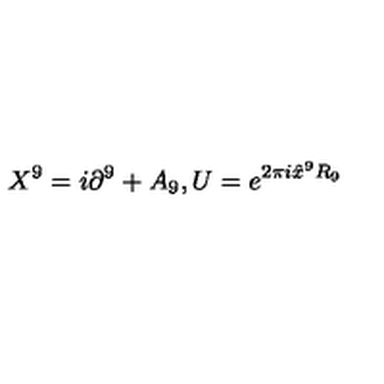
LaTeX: X ^ { 9 } = i \partial ^ { 9 } + A _ { 9 } , U = e ^ { 2 \pi i \hat { x } ^ { 9 } R _ { 9 } }